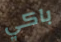
باكي